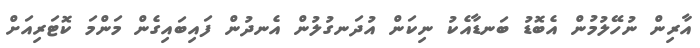
އާރިން ނުހޭލުމުން އެބޮޑު ބަނޑާއެކު ނިކަން އުދަނގުލުން އެނދުން ފައިބައިގެން މަންމަ ކޮޓަރިއަށް